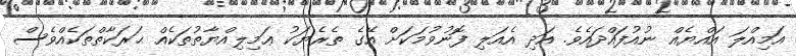
އަމިއްލަ އައްޔެއް ނުއުފައްދައެވެ. އަދި އެއަލި ފޮނުވުމަކަށް އޭގެ ތެރެޔަކު ޢަމިލިއްޔާތުތަކެއް ޙަރަކާތްތަކެއްވެސް